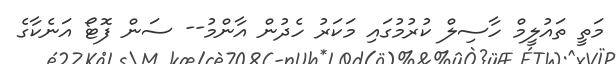
މަތީ ތައުލީމް ހާސިލް ކުރުމުގައި މަކަރު ހެދުން އާންމު-- ސަން ފޮޓޯ އަނެކާގެ